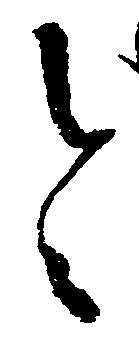
令